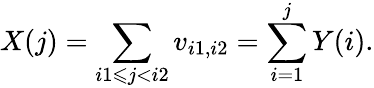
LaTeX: X(j)=\sum_{i1\leqslant j<i2}v_{i1,i2}=\sum_{i=1}^{j}Y(i).